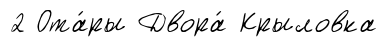
2 Ота́ры Двора́ Крыловка